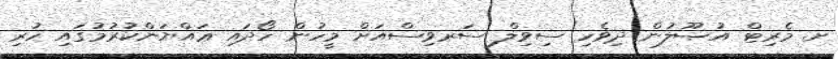
ށ. މެރިޓް އުޞޫލުން ދިވެހި ސިވިލް ސަރވިސްއަށް މީހުން ހޯދައި ޢައްޔަންކުރުމުގައި ހުރި